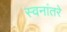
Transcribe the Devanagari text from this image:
स्वनांतरे